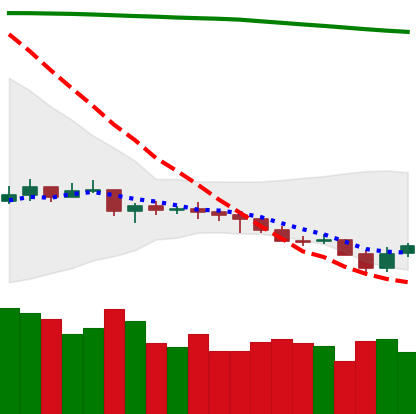
Ticker: NEO-USD
Chart end date: 2021-07-22
Forward return: 17.75%
Label: up_7plus